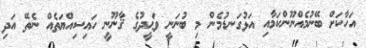
އަހާކަށް ބޭނުމެއްނޫންކަމާއި އަޅުގަނޑުމެން މި ބުނަނީ ވަޙީދުގެ ޤާނޫނީ ހައިސިއްޔަތެއް ނެތޭ އަދި